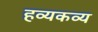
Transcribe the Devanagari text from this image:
हव्यकव्य